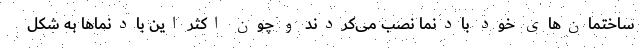
ساختمان‌های خود بادنما نصب می‌کردند و چون اکثر این بادنماها به شکل